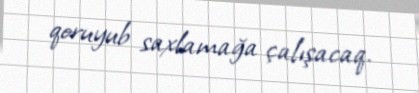
qoruyub saxlamağa çalışacaq.